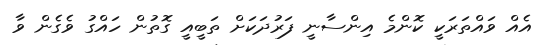
އެއް ވައްތަރަކީ ކޮންމެ އިންސާނީ ފަރުދަކަށް ތަބީއީ ގޮތުން ހައްގު ވެގެން ވާ